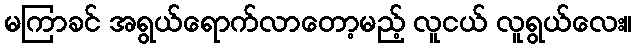
မကြာခင် အရွယ်ရောက်လာတော့မည့် လူငယ် လူရွယ်လေး။